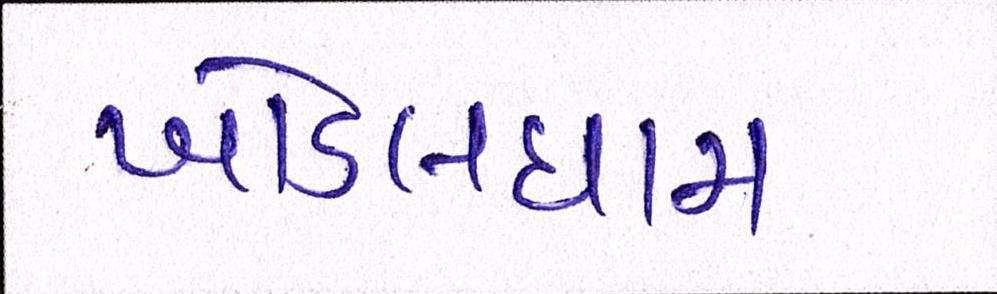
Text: ખોડલધામ